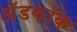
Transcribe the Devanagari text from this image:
अॅडकॉक